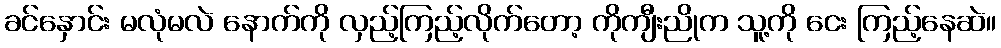
ခင်နှောင်း မလုံမလဲ နောက်ကို လှည့်ကြည့်လိုက်တော့ ကိုကျီးညိုက သူ့ကို ငေး ကြည့်နေဆဲ။